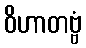
ဝိဟာတဗ္ဗံ